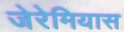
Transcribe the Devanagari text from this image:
जेरेमियास